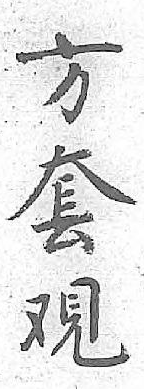
方套覌